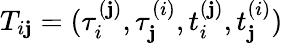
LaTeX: T_{i\mathbf{j}}=(\tau_{i}^{(\mathbf{j})},\tau_{\mathbf{j}}^{(i)},t_{i}^{(\mathbf{j})},t_{\mathbf{j}}^{(i)})